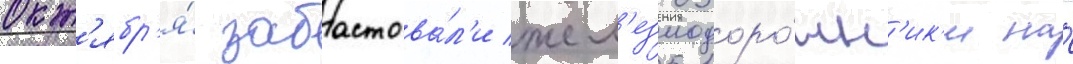
окт'ябр'я́ забастова́л'и жел'езнодоро́жн'ик'и на́